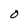
Character: O